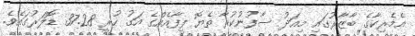
އެމެރިކާގެ ބާޒާރުގައި މިއަދު ސާފުނުކުރާ ތެޔޮ ފީފާއެއްގެ އަގު ހުރީ 37.28 ޑޮލަރުގައެވެ.